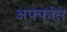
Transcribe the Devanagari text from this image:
अफ्फांस